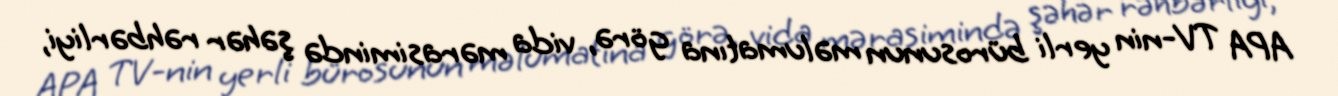
APA TV-nin yerli bürosunun məlumatına görə, vida mərasimində şəhər rəhbərliyi,